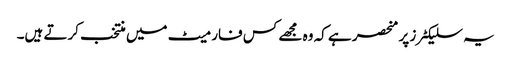
یہ سلیکٹرز پر منحصر ہے کہ وہ مجھے کس فارمیٹ میں منتخب کرتے ہیں۔